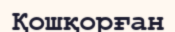
Қошқорған